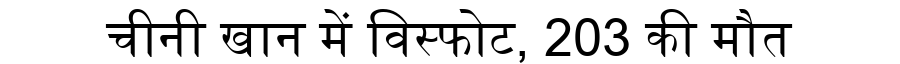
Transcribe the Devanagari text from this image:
चीनी खान में विस्फोट, 203 की मौत